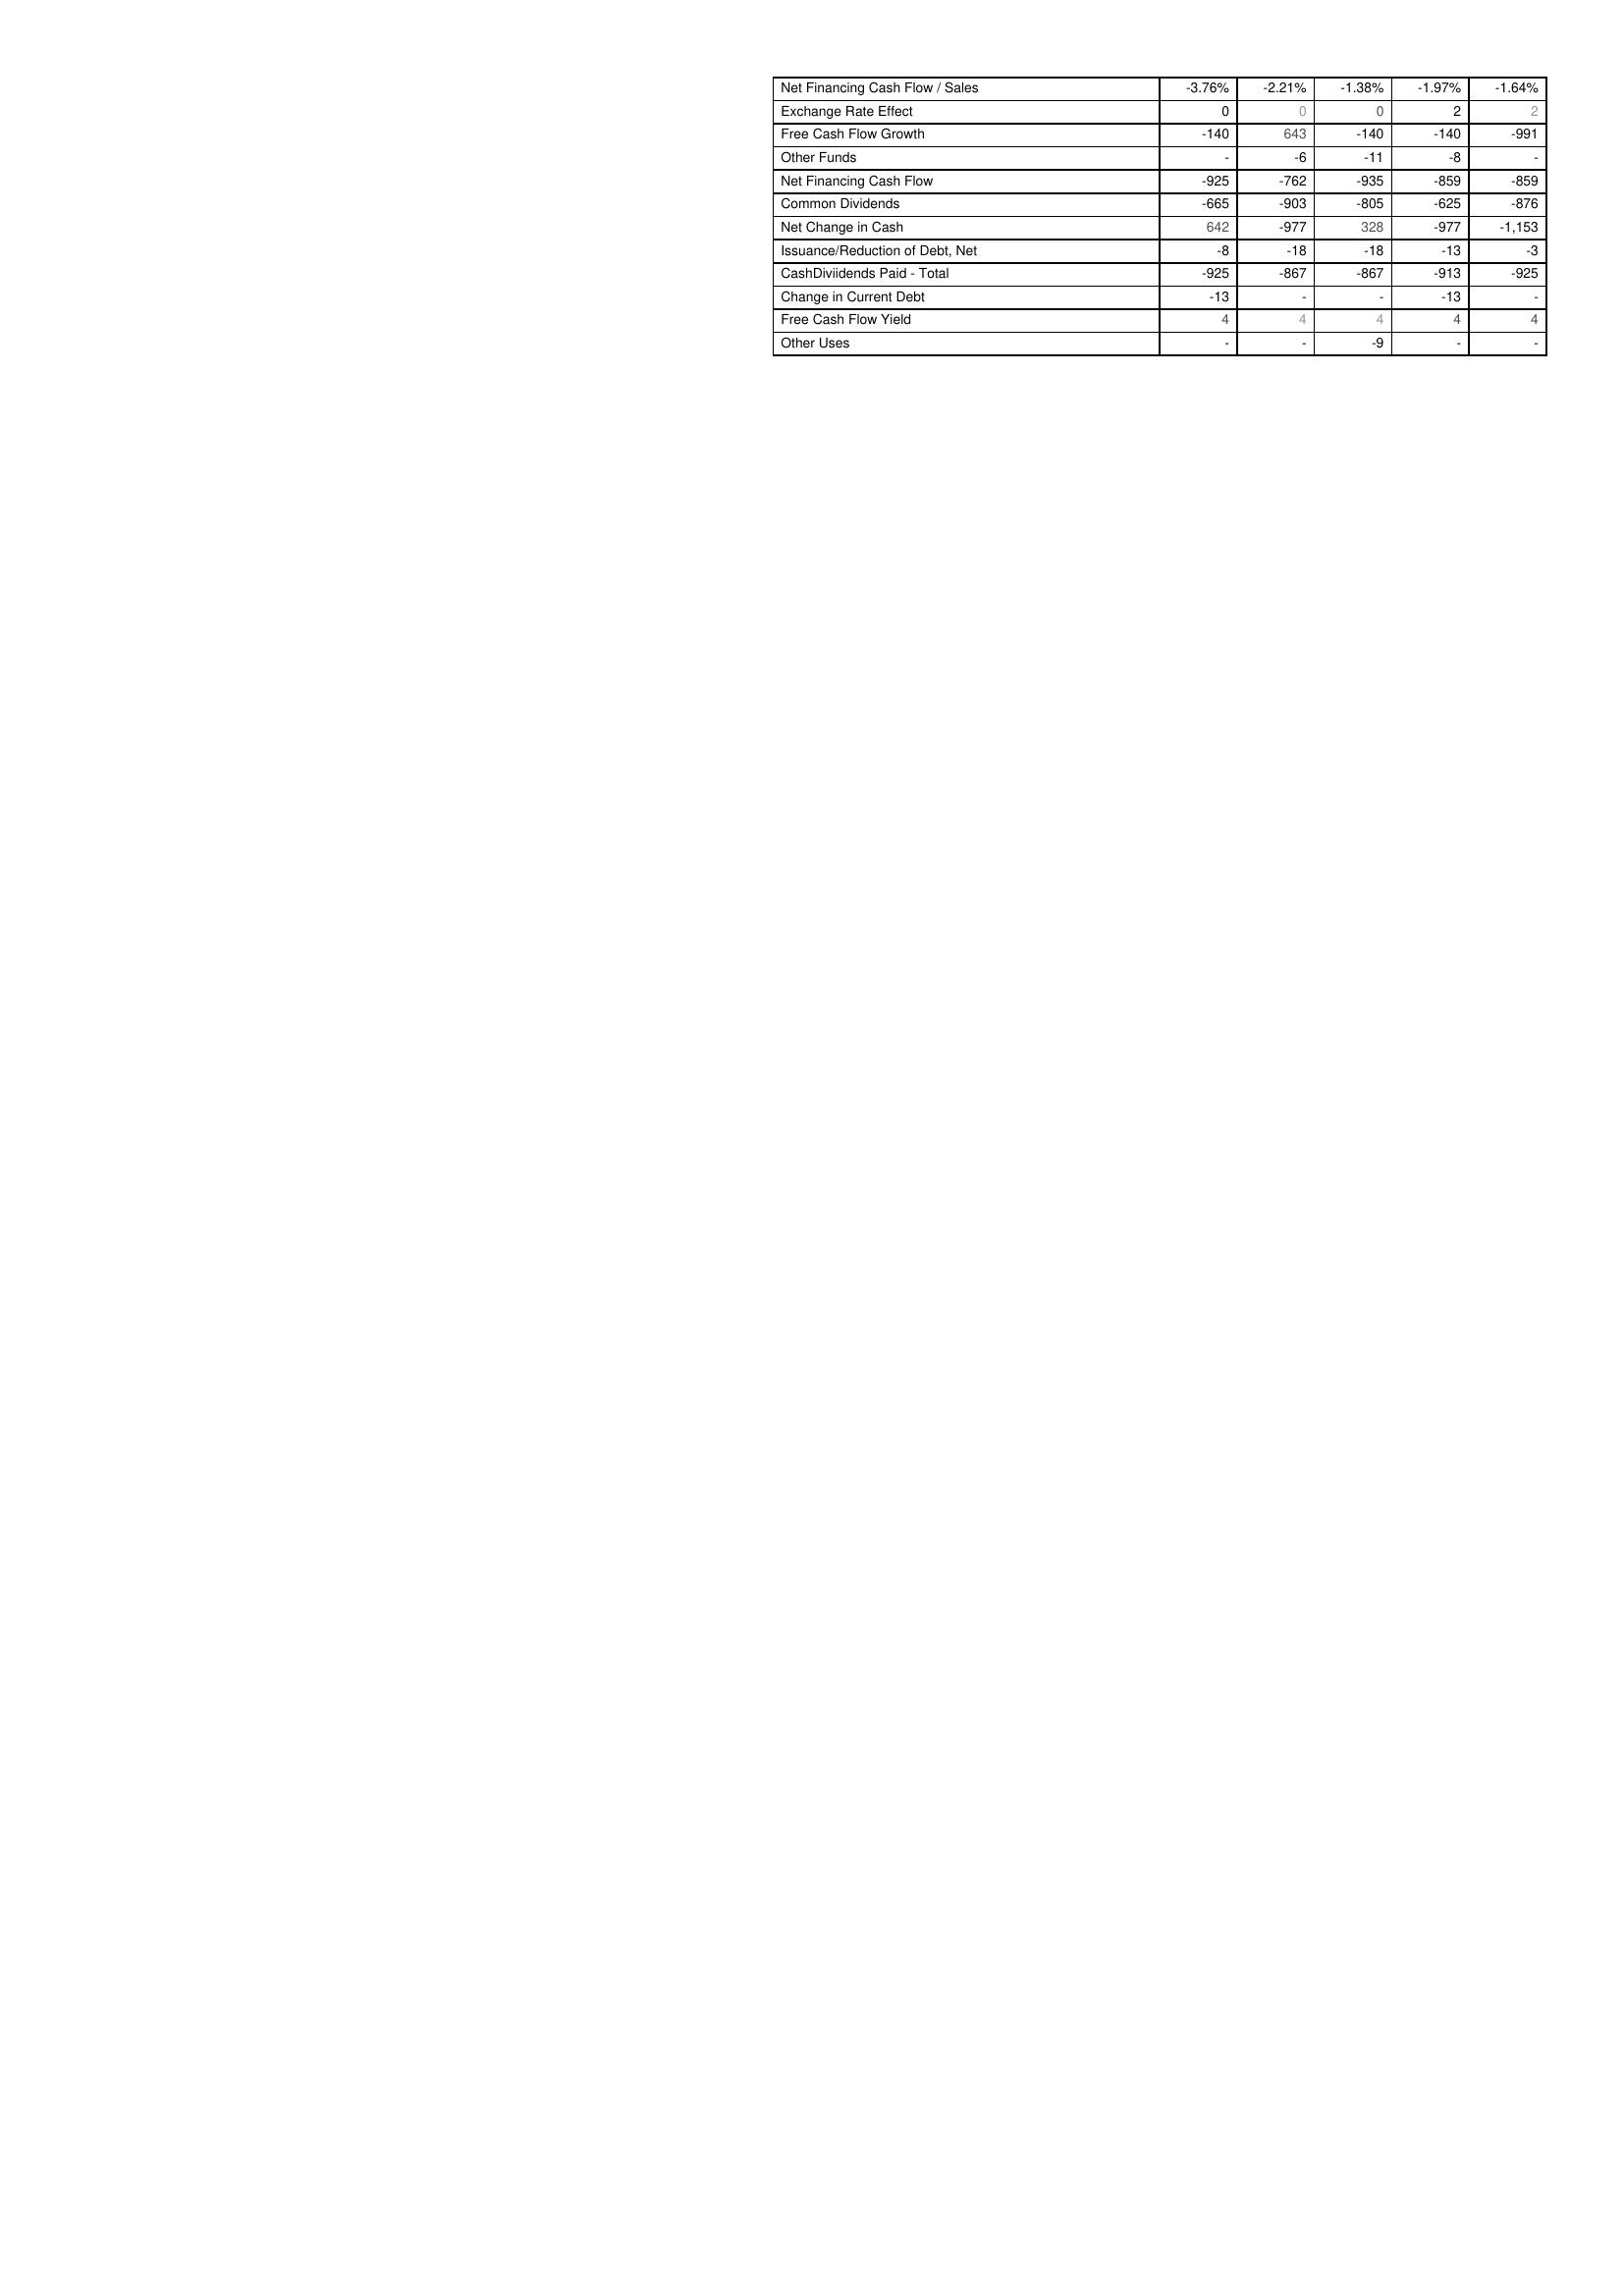
2021: Financing Activities: Net Financing Cash Flow / Sales: -3.76%
Exchange Rate Effect: 0
Free Cash Flow Growth: -140
Other Funds: -
Net Financing Cash Flow: -925
Common Dividends: -665
Net Change in Cash: 642
Issuance/Reduction of Debt, Net: -8
CashDiviidends Paid - Total: -925
Change in Current Debt: -13
Free Cash Flow Yield: 4
Other Uses: -
2020: Financing Activities: Net Financing Cash Flow / Sales: -2.21%
Exchange Rate Effect: 0
Free Cash Flow Growth: 643
Other Funds: -6
Net Financing Cash Flow: -762
Common Dividends: -903
Net Change in Cash: -977
Issuance/Reduction of Debt, Net: -18
CashDiviidends Paid - Total: -867
Change in Current Debt: -
Free Cash Flow Yield: 4
Other Uses: -
2019: Financing Activities: Net Financing Cash Flow / Sales: -1.38%
Exchange Rate Effect: 0
Free Cash Flow Growth: -140
Other Funds: -11
Net Financing Cash Flow: -935
Common Dividends: -805
Net Change in Cash: 328
Issuance/Reduction of Debt, Net: -18
CashDiviidends Paid - Total: -867
Change in Current Debt: -
Free Cash Flow Yield: 4
Other Uses: -9
2018: Financing Activities: Net Financing Cash Flow / Sales: -1.97%
Exchange Rate Effect: 2
Free Cash Flow Growth: -140
Other Funds: -8
Net Financing Cash Flow: -859
Common Dividends: -625
Net Change in Cash: -977
Issuance/Reduction of Debt, Net: -13
CashDiviidends Paid - Total: -913
Change in Current Debt: -13
Free Cash Flow Yield: 4
Other Uses: -
2017: Financing Activities: Net Financing Cash Flow / Sales: -1.64%
Exchange Rate Effect: 2
Free Cash Flow Growth: -991
Other Funds: -
Net Financing Cash Flow: -859
Common Dividends: -876
Net Change in Cash: -1,153
Issuance/Reduction of Debt, Net: -3
CashDiviidends Paid - Total: -925
Change in Current Debt: -
Free Cash Flow Yield: 4
Other Uses: -